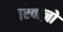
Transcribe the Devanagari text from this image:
रिवाज़ो